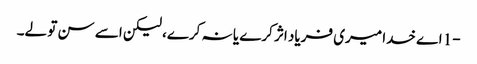
-1 اے خدا میری فریاد اثر کرے یا نہ کرے، لیکن اسے سن تو لے۔